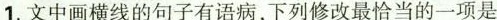
1.文中画横线的句子有语病，下列修改最恰当的一项是